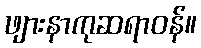
ဖျားနာကုဆရာဝန်။